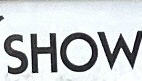
SHOW